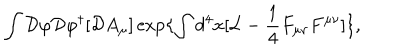
LaTeX: \int { \cal D } \varphi { \cal D } \varphi ^ { \dagger } [ { \cal D } A _ { \mu } ] \exp \{ \int d ^ { 4 } x [ { \cal L } - \frac { 1 } { 4 } F _ { \mu \nu } F ^ { \mu \nu } ] \} ,